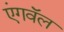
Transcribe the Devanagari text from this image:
एंगवॅल